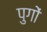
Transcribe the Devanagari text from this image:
पुगों